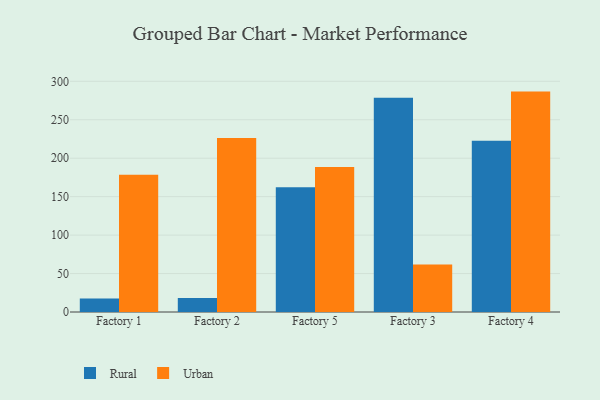
{"axis": {"x": "Factory", "y": "Inventory Turnover"}, "legend": ["Rural", "Urban"], "data": [{"x": "Factory 1", "y": 17.6, "type": "Rural"}, {"x": "Factory 1", "y": 178.4, "type": "Urban"}, {"x": "Factory 2", "y": 18.2, "type": "Rural"}, {"x": "Factory 2", "y": 226.4, "type": "Urban"}, {"x": "Factory 5", "y": 162.2, "type": "Rural"}, {"x": "Factory 5", "y": 188.4, "type": "Urban"}, {"x": "Factory 3", "y": 278.5, "type": "Rural"}, {"x": "Factory 3", "y": 61.9, "type": "Urban"}, {"x": "Factory 4", "y": 222.8, "type": "Rural"}, {"x": "Factory 4", "y": 286.6, "type": "Urban"}]}